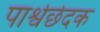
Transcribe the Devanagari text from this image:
पार्श्वछेदक